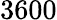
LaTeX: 3600